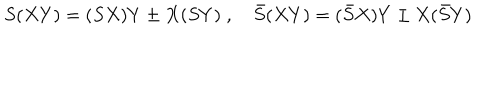
LaTeX: S ( X Y ) = ( S X ) Y \pm X ( S Y ) \; , \quad \bar { S } ( X Y ) = ( \bar { S } X ) Y \pm X ( \bar { S } Y )